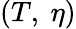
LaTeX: (T,~\eta)